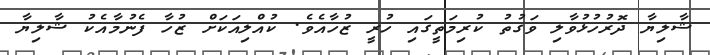
ޝާލިޔާ ދޮރުހުޅުވާލި ވަގުތު ކުރިމަތީގައި ހުރީ ޒުހާއެވެ. ކުއްލިއަކަށް ޒުހާ ފެނުމާއެކު ޝާލިޔާ